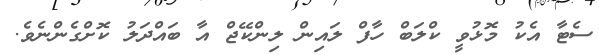
ސެޓާ އެކު މޮޅުވީ ކްލަބް ހާފް ލައިން ލިންކޭޖް އާ ބައްދަލު ކޮށްގެންނެވެ.